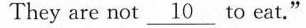
They are not \underline{10} to eat."